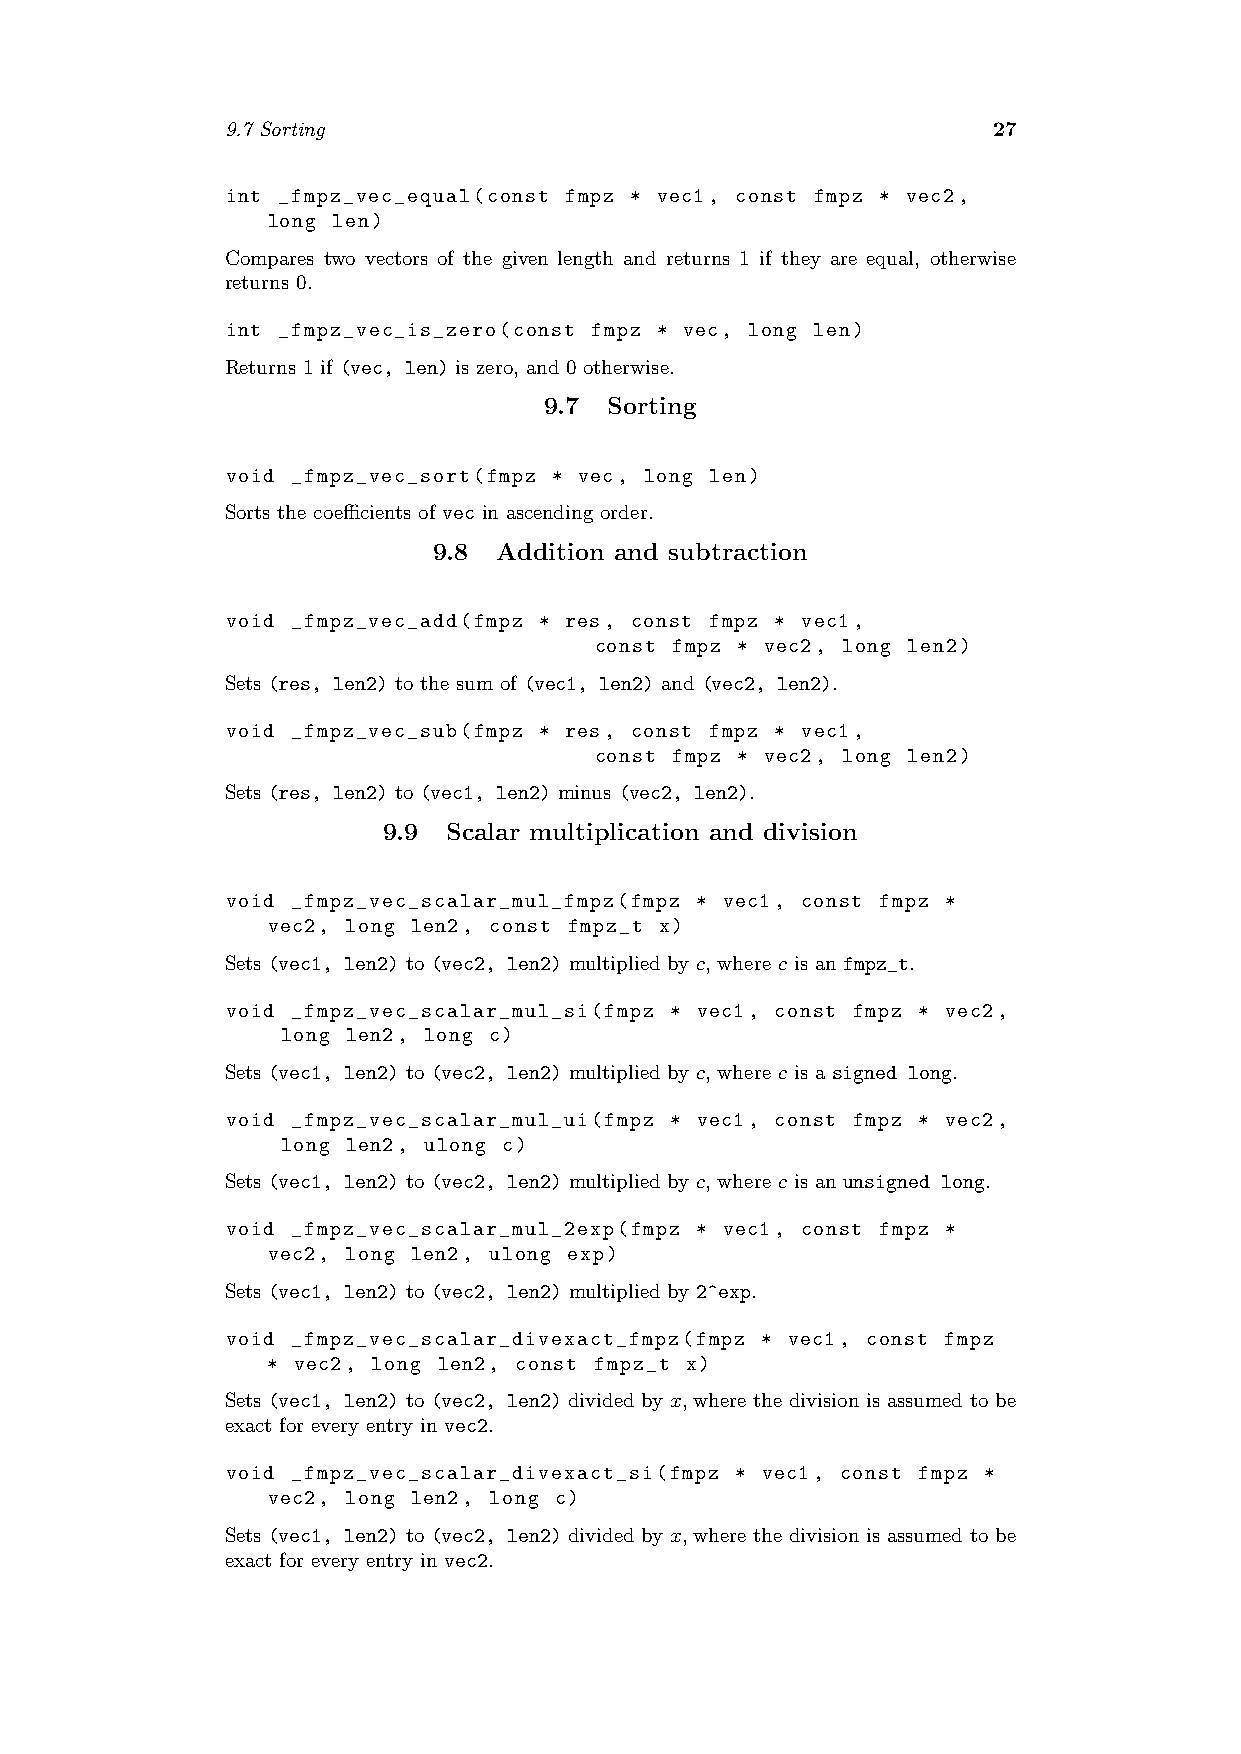
9.7 Sorting                                        27
 int _fmpz_vec_equal(const fmpz * vec1, const fmpz * vec2,
 long len)
 Compares two vectors of the given length and returns 1 if they are equal, otherwise
 returns 0.
 int _fmpz_vec_is_zero(const fmpz * vec, long len)
 Returns 1 if (vec, len) is zero, and 0 otherwise.
 9.7 Sorting
 void _fmpz_vec_sort(fmpz * vec, long len)
 Sorts the coefficients of vec in ascending order.
 9.8 Addition and subtraction
 void _fmpz_vec_add(fmpz * res, const fmpz * vec1,
 const fmpz * vec2, long len2)
 Sets (res, len2) to the sum of (vec1, len2) and (vec2, len2).
 void _fmpz_vec_sub(fmpz * res, const fmpz * vec1,
 const fmpz * vec2, long len2)
 Sets (res, len2) to (vec1, len2) minus (vec2, len2).
 9.9  Scalar multiplication and division
 void _fmpz_vec_scalar_mul_fmpz(fmpz * vec1, const fmpz *
 vec2, long len2, const fmpz_t x)
 Sets (vec1, len2) to (vec2, len2) multiplied by c, where c is an fmpz_t.
 void _fmpz_vec_scalar_mul_si(fmpz * vec1, const fmpz * vec2,
 long len2, long c)
 Sets (vec1, len2) to (vec2, len2) multiplied by c, where c is a signed long.
 void _fmpz_vec_scalar_mul_ui(fmpz * vec1, const fmpz * vec2,
 long len2, ulong c)
 Sets (vec1, len2) to (vec2, len2) multiplied by c, where c is an unsigned long.
 void _fmpz_vec_scalar_mul_2exp(fmpz * vec1, const fmpz *
 vec2, long len2, ulong exp)
 Sets (vec1, len2) to (vec2, len2) multiplied by 2^exp.
 void _fmpz_vec_scalar_divexact_fmpz(fmpz * vec1, const fmpz
 * vec2, long len2, const fmpz_t x)
 Sets (vec1, len2) to (vec2, len2) divided by x, where the division is assumed to be
 exact for every entry in vec2.
 void _fmpz_vec_scalar_divexact_si(fmpz * vec1, const fmpz *
 vec2, long len2, long c)
 Sets (vec1, len2) to (vec2, len2) divided by x, where the division is assumed to be
 exact for every entry in vec2.